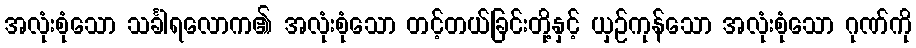
အလုံးစုံသော သင်္ခါရလောက၏ အလုံးစုံသော တင့်တယ်ခြင်းတို့နှင့် ယှဉ်ကုန်သော အလုံးစုံသော ဂုဏ်ကို